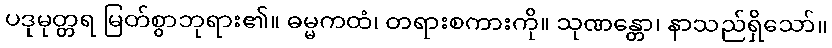
ပဒုမုတ္တရ မြတ်စွာဘုရား၏။ ဓမ္မကထံ၊ တရားစကားကို။ သုဏန္တော၊ နာသည်ရှိသော်။